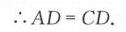
\(\therefore AD = CD\).